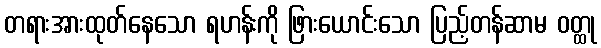
တရားအားထုတ်နေသော ရဟန်းကို ဖြားယောင်းသော ပြည့်တန်ဆာမ ဝတ္ထု